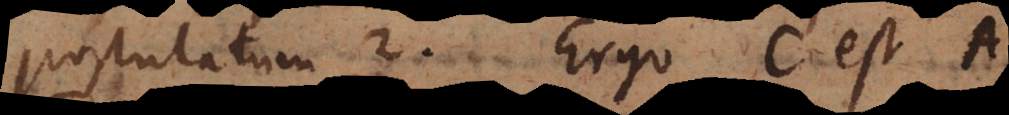
postulatum 2. Ergo C es